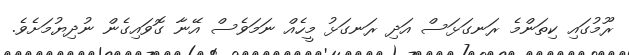
ރޫމުގައި ކިތަންމެ ރަނގަޅަސް އަދި ރަނގަޅު މީހެއް ނަމަވެސް އޭނާ ގޮވައިގެން ނުދިޔުމަށެވެ.